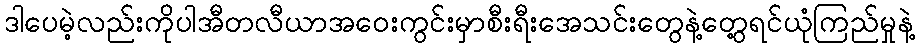
ဒါပေမဲ့လည်းကိုပါအီတလီယာအဝေးကွင်းမှာစီးရီးအေသင်းတွေနဲ့တွေ့ရင်ယုံကြည်မှုနဲ့